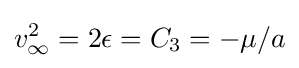
v_{\infty }^{2}=2\epsilon =C_{3}=-\mu /a